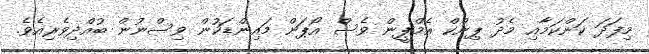
މިފަދަ ކަންކަމާއި މެދު ޕިންކް އެމްޕީން ވެސް އޯޕަން މައިންޑަކުން ވިސްނުން ބުއްދިވެރިއެވެ.